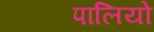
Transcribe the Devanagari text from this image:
पालियो